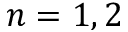
n = 1 , 2